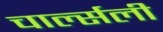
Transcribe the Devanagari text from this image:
चार्ल्सली